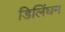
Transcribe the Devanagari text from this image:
डिलिंघम